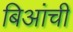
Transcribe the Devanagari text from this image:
बिआंची